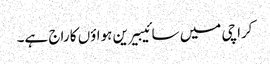
کراچی میں سائیبیرین ہواؤں کا راج ہے۔